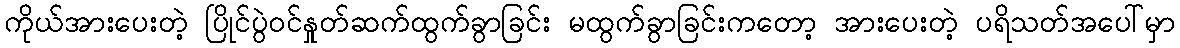
ကိုယ်အားပေးတဲ့ ပြိုင်ပွဲဝင်နှုတ်ဆက်ထွက်ခွာခြင်း မထွက်ခွာခြင်းကတော့ အားပေးတဲ့ ပရိသတ်အပေါ်မှာ